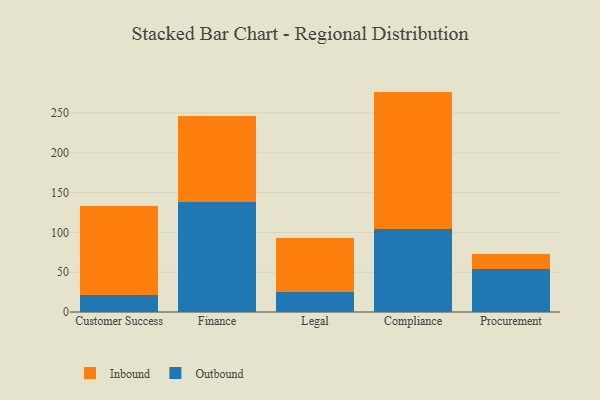
{"axis": {"x": "Department", "y": "Energy Usage (MWh)"}, "legend": ["Inbound", "Outbound"], "data": [{"x": "Customer Success", "y": 20.8, "type": "Outbound"}, {"x": "Customer Success", "y": 112.1, "type": "Inbound"}, {"x": "Finance", "y": 138.2, "type": "Outbound"}, {"x": "Finance", "y": 108.4, "type": "Inbound"}, {"x": "Legal", "y": 24.9, "type": "Outbound"}, {"x": "Legal", "y": 68.0, "type": "Inbound"}, {"x": "Compliance", "y": 104.0, "type": "Outbound"}, {"x": "Compliance", "y": 172.8, "type": "Inbound"}, {"x": "Procurement", "y": 53.4, "type": "Outbound"}, {"x": "Procurement", "y": 19.0, "type": "Inbound"}]}